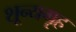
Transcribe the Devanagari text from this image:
शून्यगृह